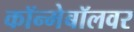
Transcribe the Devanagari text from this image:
कॉन्मेबॉलवर